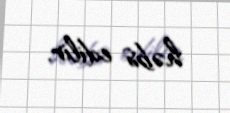
həbs edilir.